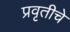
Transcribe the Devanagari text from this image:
प्रवृतीचे